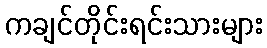
ကချင်တိုင်းရင်းသားများ